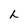
Character: h